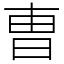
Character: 曺